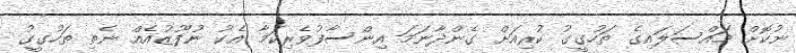
ނުކޮށް މައްސަލައިގެ ތަހުގީގު ކުރިއަށް ގެންދާނަމަ އިންސާފުވެރިކަމާ އެކު ނުފޫޒުއެއް ނެތި ތަހުގީގު